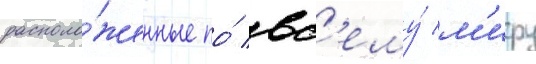
располо́женные по́ вс'ему́ м'иру